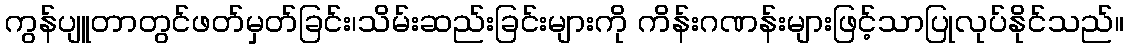
ကွန်ပျူတာတွင်ဖတ်မှတ်ခြင်း၊သိမ်းဆည်းခြင်းများကို ကိန်းဂဏန်းများဖြင့်သာပြုလုပ်နိုင်သည်။